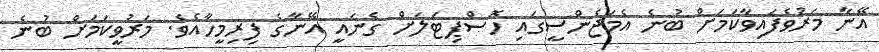
އޭނާ މަރުވެފައިވާކަމަށް ބުނެ އެމަޖެންސީގައި ހޮސްޕިޓަލަށް ގެނައީ އޭނާގެ ފިރިމީހާއެވެ. މަރުވީކަމަށް ބުނެ